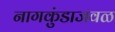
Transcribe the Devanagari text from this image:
नागकुंडाजवळ